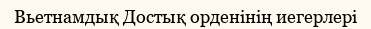
Вьетнамдық Достық орденінің иегерлері